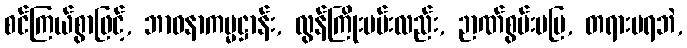
စင်ကြယ်စွာဖြင့်, ဘာဝနာကမ္မဋ္ဌာန်း, လွန်ကြိုးပမ်းလည်း, ဉာဏ်စွမ်းမပြ, တရားမရဘဲ,